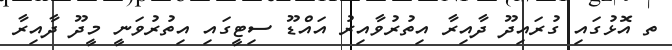
ތ އޮޅުގައި ގުރައިދޫ ދާއިރާ އިތުރުވާއިރު އައްޑޫ ސިޓީގައި އިތުރުވަނީ މީދޫ ދާއިރާ